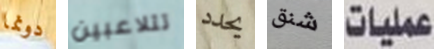
دونما تتلاعبين يحدد شنق عمليات